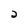
Character: 2